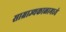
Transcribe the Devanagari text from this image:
साम्राज्यकाळामध्ये